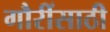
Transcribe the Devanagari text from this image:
गौरींसाठी